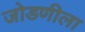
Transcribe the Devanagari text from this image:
जोडणीला